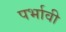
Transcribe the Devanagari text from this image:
पर्भावी